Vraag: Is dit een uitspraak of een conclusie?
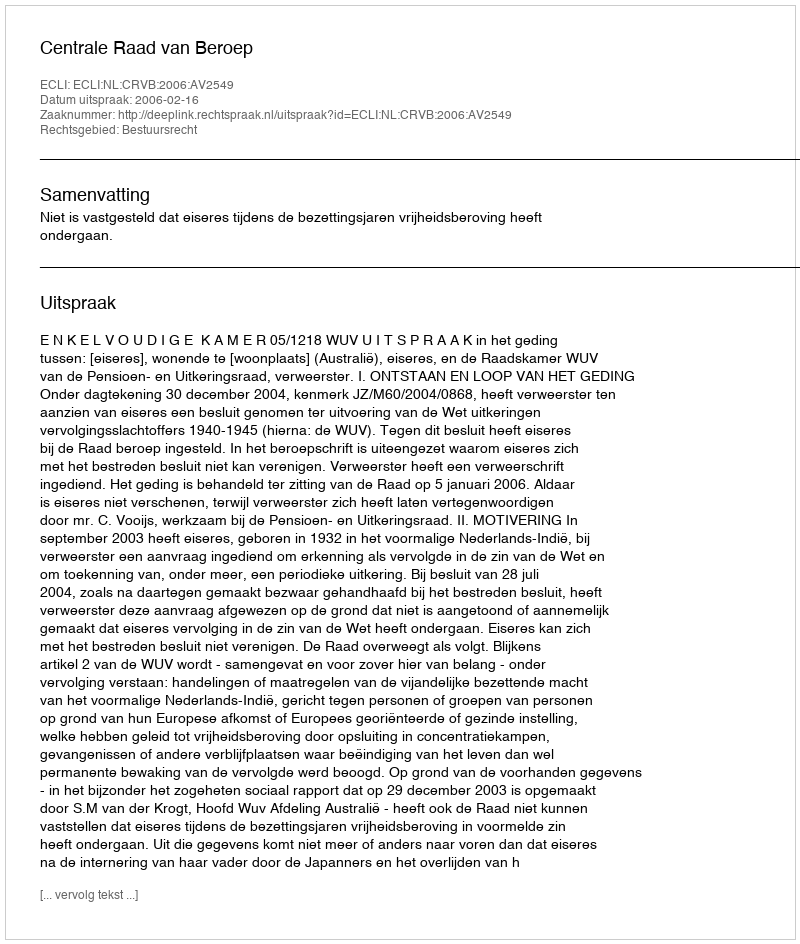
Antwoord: Uitspraak